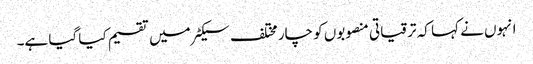
انہوں نے کہا کہ ترقیاتی منصوبوں کو چار مختلف سیکٹر میں تقسیم کیا گیا ہے۔